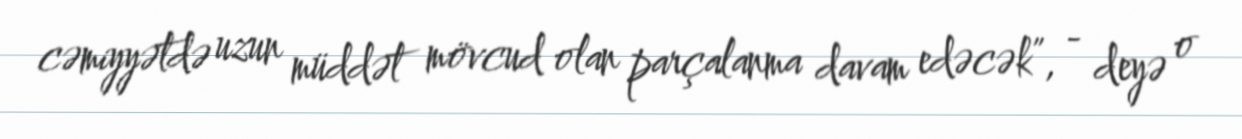
cəmiyyətdə uzun müddət mövcud olan parçalanma davam edəcək”, - deyə o